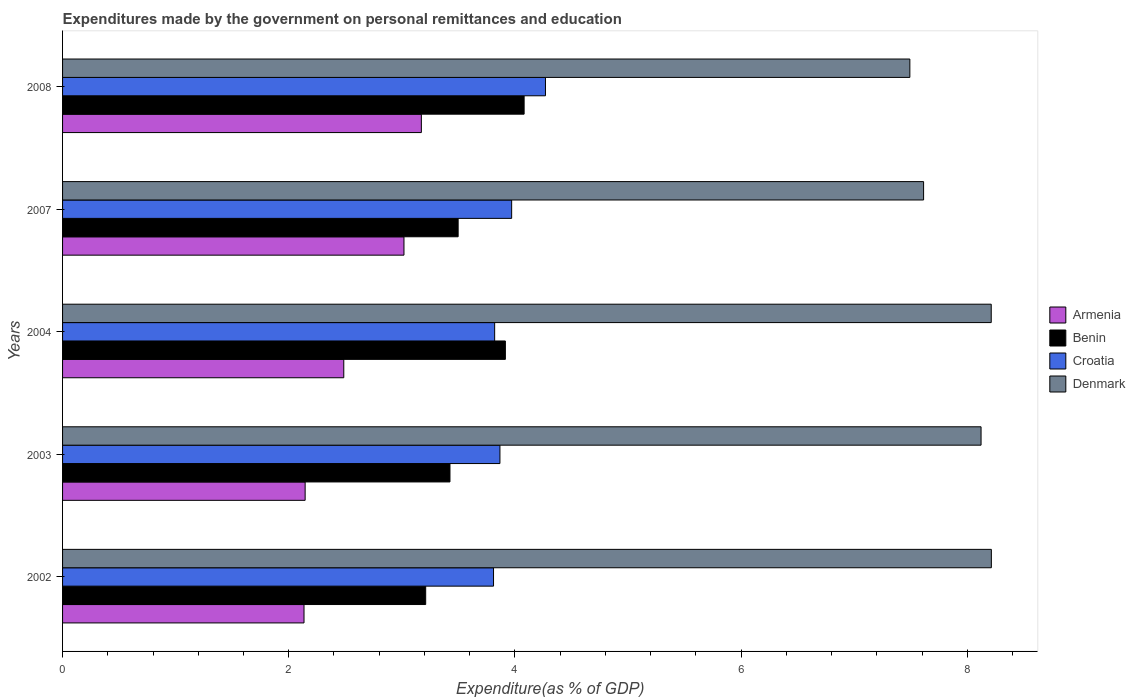
| Years | Armenia | Benin | Croatia | Denmark |
 | --- | --- | --- | --- | --- |
 | 2002 | 2.14 | 3.21 | 3.81 | 8.21 |
 | 2003 | 2.15 | 3.43 | 3.87 | 8.12 |
 | 2004 | 2.49 | 3.92 | 3.82 | 8.21 |
 | 2007 | 3.02 | 3.5 | 3.97 | 7.61 |
 | 2008 | 3.17 | 4.08 | 4.27 | 7.49 |